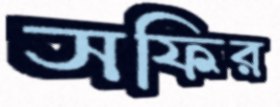
সফির